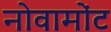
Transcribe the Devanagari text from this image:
नोवामोंट